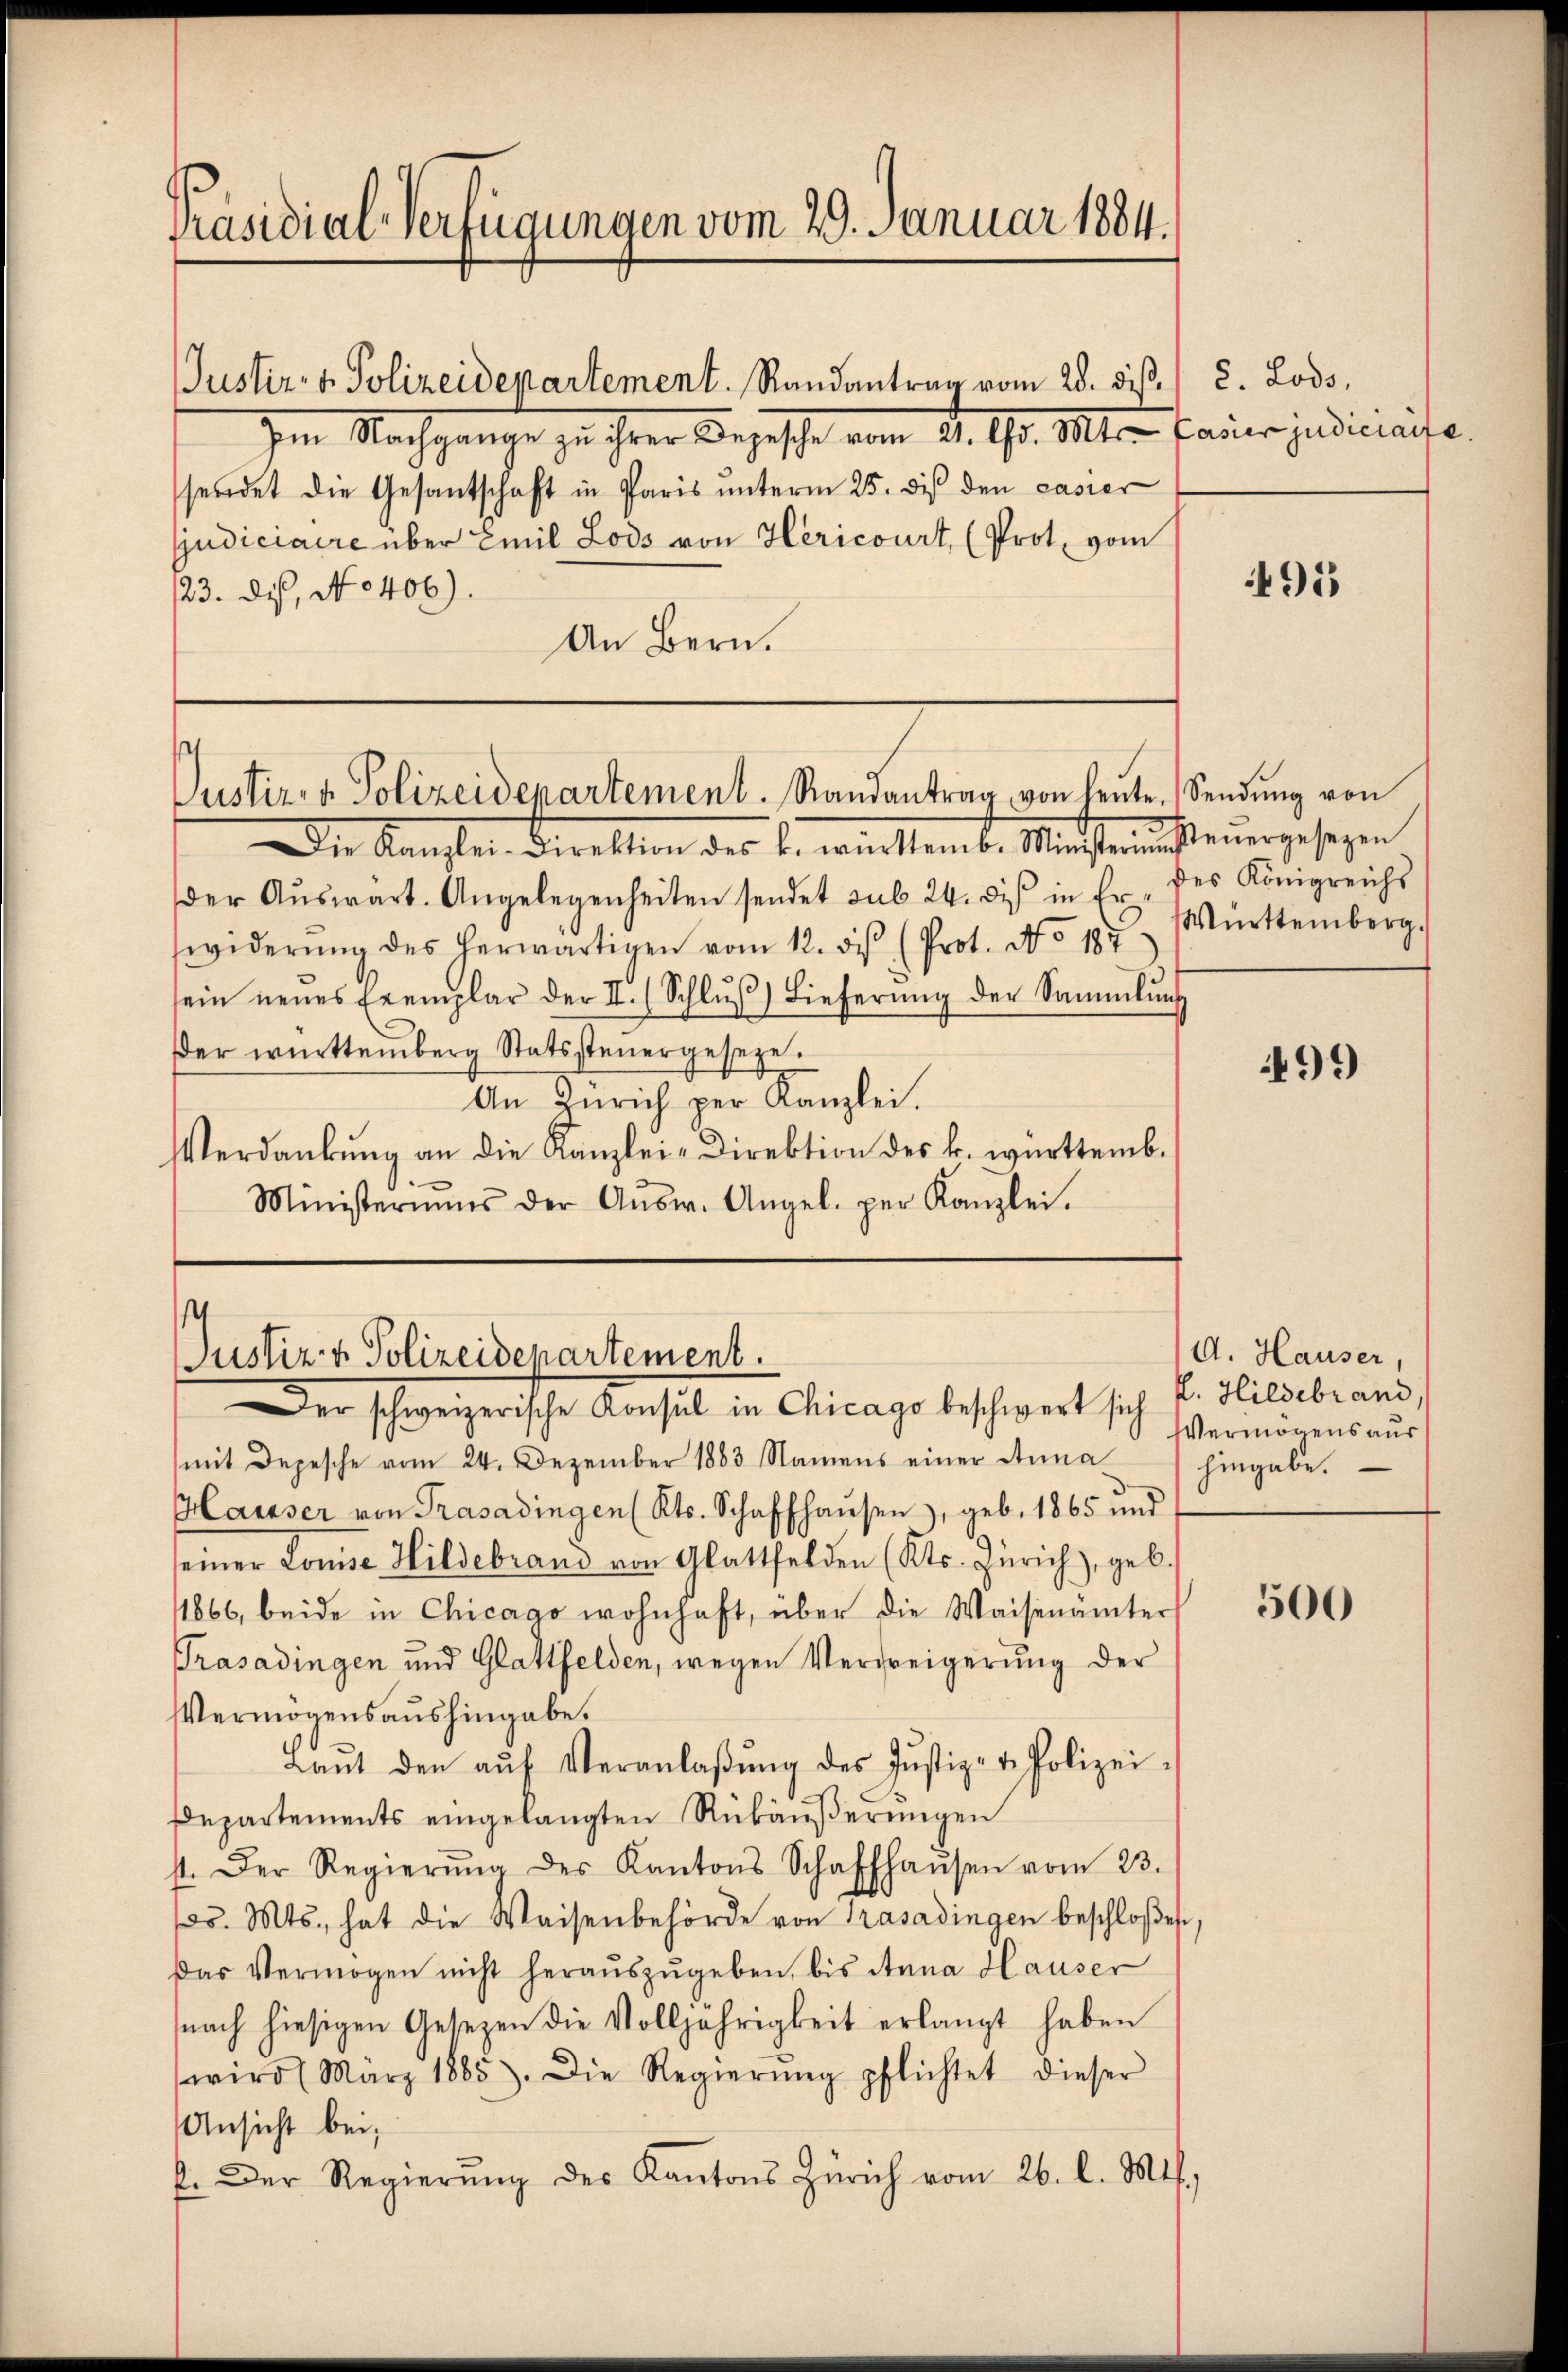
Präsidial-Verfügungen vom 29. Januar 1884.

sendet die Gesantschaft in Paris unterm 25. des den casier
judiciaire über Emil Lods von Hericourt, (Prot. vom
23. dis, No 406).
An Bern.

Justiz- & Polizeidepartement. Randantrag vom 28. dieß. / e. Lods,
Im Nachgange zu ihrer Bezische vom 4. 10. Mts. Frauerjudiceraite

Justiz- & Polizeidepartementl. Randantrag von heŭte Sendŭng von

Justiz & Polizeidepartement.
Der schweizerische Konsul in Chicago beschwert sich F. Hildebrand

Die Kanzlei Direktion des b. württemb. Ministerimsteuergesezen
der Aŭswart. Angelegenheiten sendet sub 24. des in Er des Königreichs
widerŭng des herwärtigen vom 12. ds. (Prot. No 187
sein neues Exemplar der II. (Schlŭβ) Lieferŭng der Sammlung
der württemberg Statssteŭergeseze.
An Zürich per Kanzlei.
Verdankung an die Kanzlei- Direktion des k. württemb.
Ministeriums der Aŭsw. Angel. per Kanzlei.

mit Depesche vom 24. Dezember 1883 Namens einer Anna
Haisser von Trasadingen (Kts. Schaffhaŭsen, geb. 1865 und
seiner Louise Hildebrand von Glattfelden (Kts. Zürich, geb.
1866, beide in Chicago wohnhaft, über die Waisenämter
Trasadingen und Glattfelden, wegen Verdreigerung der
Vermögensaushingabe.
Laŭt den aŭf Veranlaβŭng des Justiz- & Polizei-
Departements eingelangten Rükäŭβerŭngen
st. Der Regierŭng des Kantons Schaffhaŭsen vom 23.
ps. Mts., hat die Waisenbehörde von Trasadingen beschloßen,
das Vermögen nicht heraŭszŭgeben, bis Anna Hauser
snach hiesigen Gesetzen die Volljährigkeit erlangt haben
(wird (März 1885). Die Regierŭng pflichtet dieser
Ansicht bei,
f. Der Regierŭng des Kantons Zürich vom 26. l. Mts.,

495

Württemberg.

499)

A. Hauser,
Vermögens aus
hingabe.

500